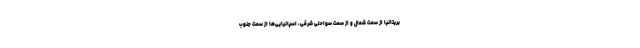
بریتانیا از سمت شمال و از سمت سواحلی شرقی، اسپانیایی‌ها از سمت جنوب